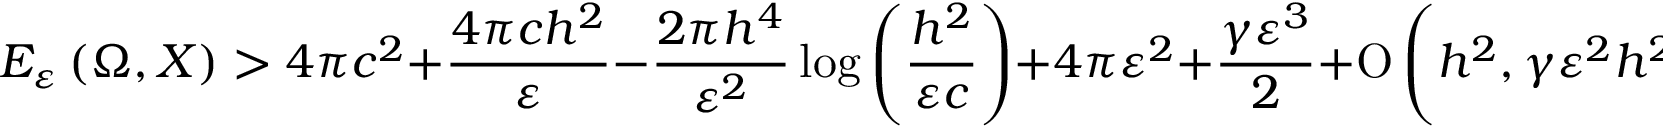
E _ { \varepsilon } \left( \Omega , X \right) > 4 \pi c ^ { 2 } + \frac { 4 \pi c h ^ { 2 } } { \varepsilon } - \frac { 2 \pi h ^ { 4 } } { \varepsilon ^ { 2 } } \log { \left( \frac { h ^ { 2 } } { \varepsilon c } \right) } + 4 \pi \varepsilon ^ { 2 } + \frac { \gamma \varepsilon ^ { 3 } } { 2 } + \ensuremath { \operatorname { O } \left( h ^ { 2 } , \gamma \varepsilon ^ { 2 } h ^ { 2 } \log { \left( \frac { h ^ { 2 } } { \varepsilon c } \right) } \right) } .